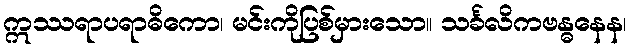
ဣဿရာပရာဓိကော၊ မင်းကိုပြစ်မှားသော။ သင်္ခလိကဗန္ဓနေန၊